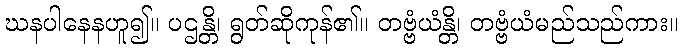
ဃနပါနေနဟူ၍။ ပဌန္တိ၊ ရွတ်ဆိုကုန်၏။ တဗ္ဗံယံန္တိ၊ တဗ္ဗံယံမည်သည်ကား။